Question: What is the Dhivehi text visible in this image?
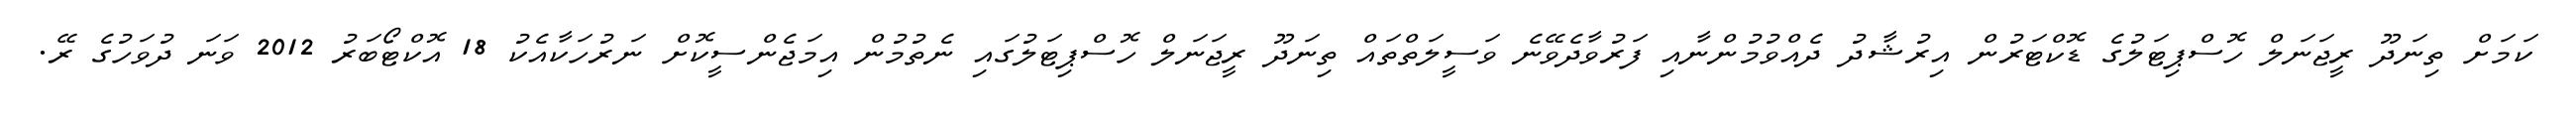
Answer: ކަމަށް ތިނަދޫ ރީޖަނަލް ހޮސްޕިޓަލުގެ ޑޮކްޓަރުން އިރުޝާދު ދެއްވުމުންނާއި ފަރުވާދެވޭނެ ވަސީލަތްތައް ތިނަދޫ ރީޖަނަލް ހޮސްޕިޓަލުގައި ނެތުމުން އިމަޖެންސީކޮށް ނަރުހަކާއެކު 18 އޮކްޓޯބަރު 2012 ވަނަ ދުވަހުގެ ރޭ.